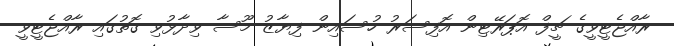
ރާއްޖެޓީވީގެ ޗީފް އޮޕަރޭޓިން އޮފިސަރު ހުސައިން ފިޔާޒު މޫސާ ވިދާޅުވި ގޮތުގައި ރާއްޖެޓީވީ